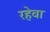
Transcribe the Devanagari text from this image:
रहेवा